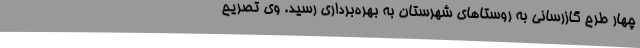
چهار طرح گازرسانی به روستاهای شهرستان به بهره‌برداری رسید. وی تصریح